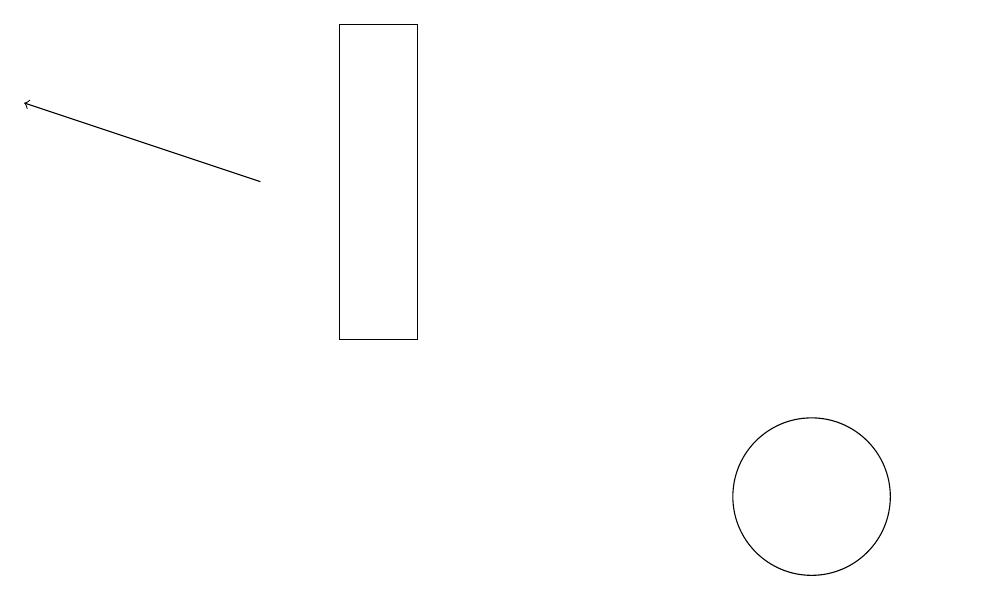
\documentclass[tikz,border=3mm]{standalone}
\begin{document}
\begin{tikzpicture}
\draw (12,12) circle (0);
\draw[->] (3,14) -- (0,15);
\draw (10,10) circle (1);
\draw (5,12) rectangle (4,16);
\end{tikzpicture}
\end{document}